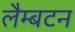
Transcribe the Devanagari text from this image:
लैम्बटन